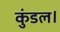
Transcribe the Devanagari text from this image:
कुंडल।